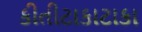
કીતીટાકાટાકા